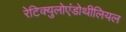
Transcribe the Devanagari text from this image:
रेटिक्युलोएंडोथीलियल